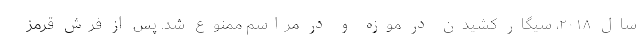
سال ۲۰۱۸، سیگار کشیدن در موزه و در مراسم ممنوع شد. پس از فرش قرمز